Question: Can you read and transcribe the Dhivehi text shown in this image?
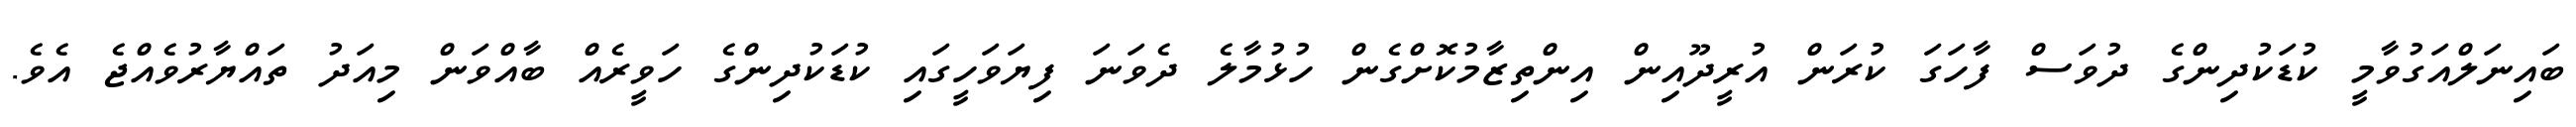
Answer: ބައިނަލްއަގުވާމީ ކުޑަކުދިންގެ ދުވަސް ފާހަގަ ކުރަން އުރީދޫއިން އިންތިޒާމުކޮށްގެން ހުޅުމާލެ ދެވަނަ ފިޔަވަހީގައި ކުޑަކުދިންގެ ހަވީރެއް ބާއްވަން މިއަދު ތައްޔާރުވެއްޖެ އެވެ.